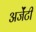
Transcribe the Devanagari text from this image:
अर्जेंटी